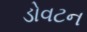
ડોવટન